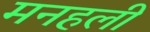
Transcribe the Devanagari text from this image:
मनहली